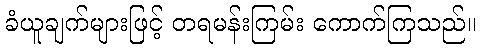
ခံယူချက်များဖြင့် တရမန်းကြမ်း ကောက်ကြသည်။